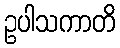
ဥပါသကာတိ